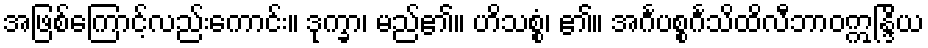
အဖြစ်ကြောင့်လည်းကောင်း။ ဒုက္ခာ၊ မည်၏။ ဟိသစ္စံ၊ ၏။ အင်္ဂပစ္စင်္ဂသိထိလီဘာဝဣန္ဒြိယ